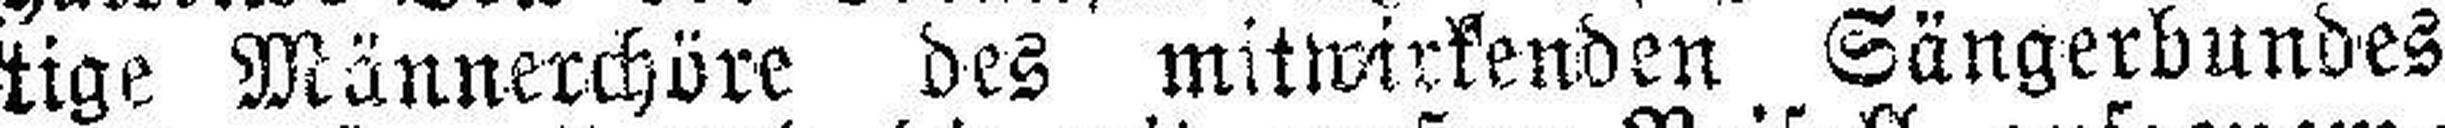
tige Männerchöre des mitwirkenden Sängerbundes